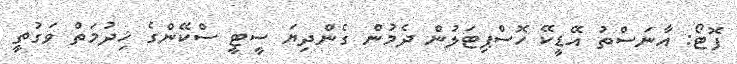
ފޮޓޯ: އާނަސްތު އޭޑީކޭ ހޮސްޕިޓަލުން ދެމުން ގެންދިޔަ ސީޓީ ސްކޭންގެ ޚިދުމަތް ވަގުތީ